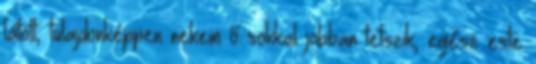
látott, tulajdonképpen nekem ő sokkal jobban tetszik, egész este